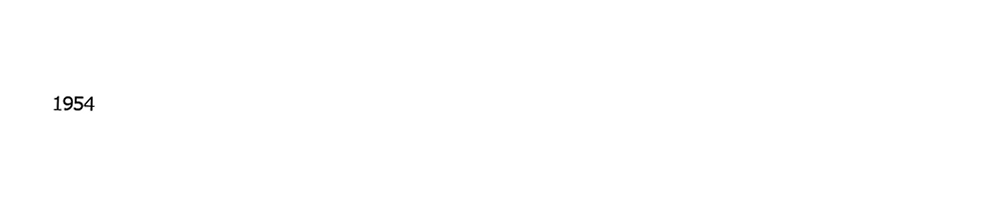

1954